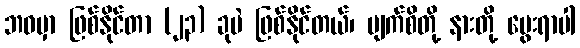
ဘဝမှာ ဖြစ်နိုင်တာ (၂၃) ခုပဲ ဖြစ်နိုင်တယ်၊ မျက်စိတို့ နားတို့ မွေးရာပါ